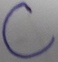
Text: C